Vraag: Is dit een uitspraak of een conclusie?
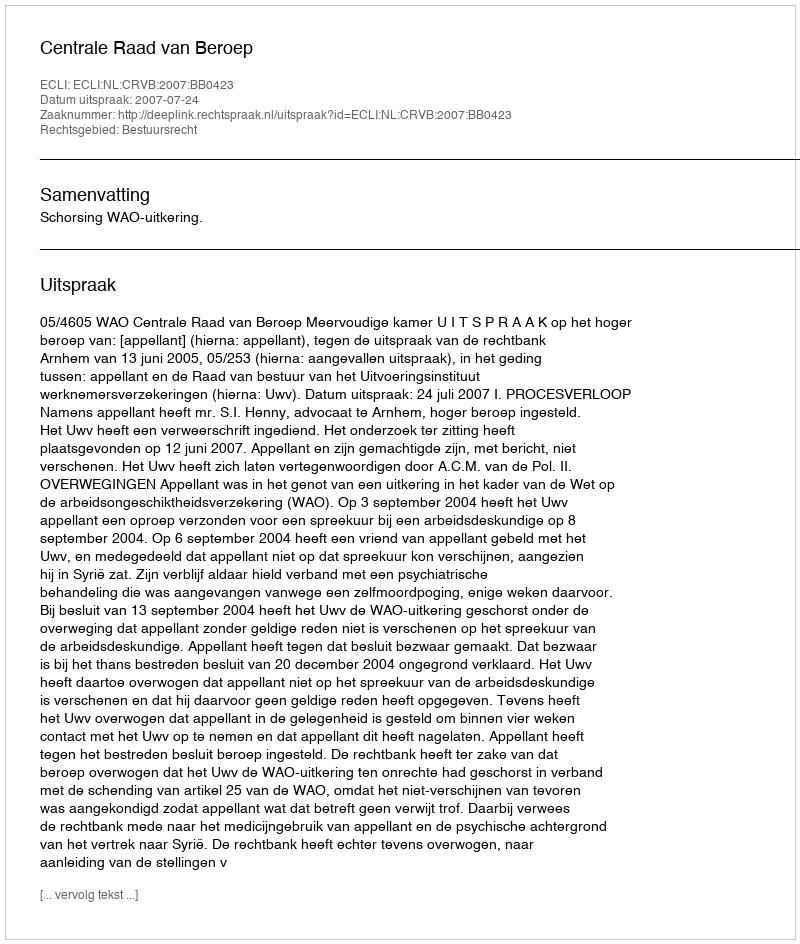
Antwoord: Uitspraak